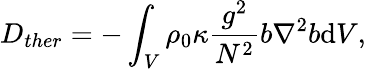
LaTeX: D_{ther}=-\int_{V}\rho_{0}\kappa\frac{g^{2}}{N^{2}}b\nabla^{2}b\mathrm{d}V,